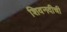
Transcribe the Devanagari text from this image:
शिवनदीची